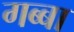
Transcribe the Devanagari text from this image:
गब्बा